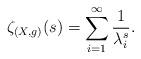
LaTeX: \begin{align*}\zeta_{(X, g)}(s) = \sum_{i=1}^{\infty} \dfrac{1}{\lambda_i^s}. \end{align*}